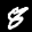
Label: 8